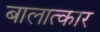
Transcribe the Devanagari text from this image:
बालात्कार